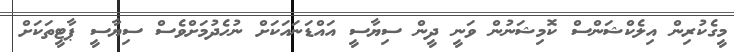
މީގެކުރިން އިލެކްޝަންސް ކޮމިޝަނުން ވަނީ ދީން ސިޔާސީ އައްޑަނައަކަށް ނުހެދުމަށްވެސް ސިޔާސީ ޕާޓީތަކަށް